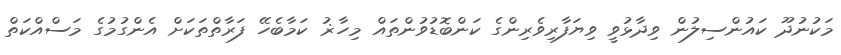
މަކުނުދޫ ކައުންސިލުން ވިދާޅުވީ ވިޔަފާރިވެރިންގެ ކަންބޮޑުވުންތައް މިހާޜު ކަމާބެހޭ ފަރާތްތަކަށް އެންގުމުގެ މަސްއްކަތް